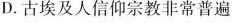
D.古埃及人信仰宗教非常普遍